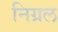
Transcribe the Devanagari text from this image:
निग्रल